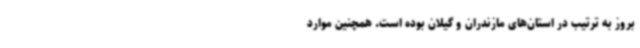
بروز به ترتیب در استان‌های مازندران و گیلان بوده است. همچنین موارد